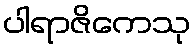
ပါရာဇိကေသု